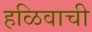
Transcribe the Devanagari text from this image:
हळिवाची